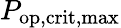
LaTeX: P_{\mathrm{op,crit,max}}